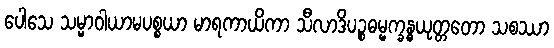
ပေါသေ သမ္မာဝါယာမပစ္စယာ မာရကာယိကာ သီလာဒိပဉ္စဓမ္မက္ခန္ဓယုတ္တတော သစဿာ